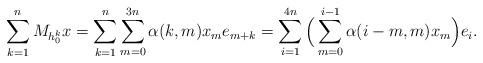
LaTeX: \begin{align*} \sum_{k=1}^{n} M_{h_0^k} x = \sum_{k=1}^{n} \sum_{m=0}^{3n} \alpha(k,m)x_m e_{m+k} = \sum_{i=1}^{4n} \Big(\sum_{m=0}^{i-1} \alpha(i-m,m)x_m \Big) e_{i}.\end{align*}